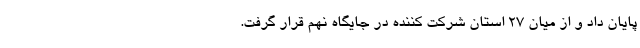
پایان داد و از میان ۲۷ استان شرکت کننده در جایگاه نهم قرار گرفت.